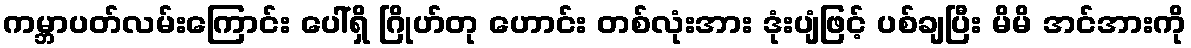
ကမ္ဘာပတ်လမ်းကြောင်း ပေါ်ရှိ ဂြိုဟ်တု ဟောင်း တစ်လုံးအား ဒုံးပျံဖြင့် ပစ်ချပြီး မိမိ အင်အားကို